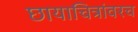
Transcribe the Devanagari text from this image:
छायाचित्रांवरच